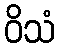
ဝိသံ